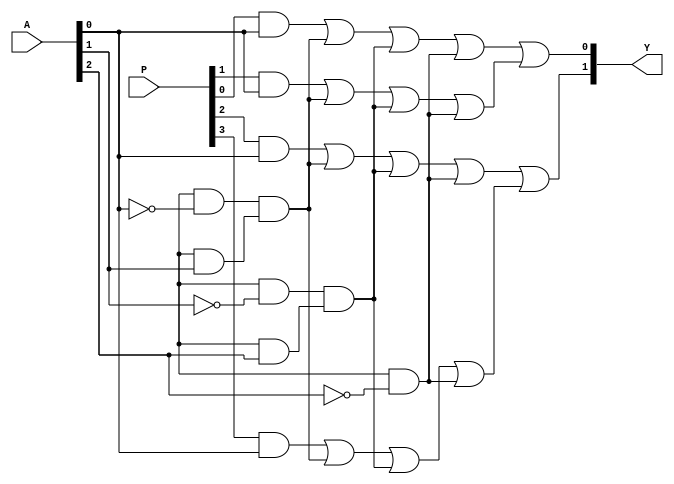
module SPAL (
    input wire [N-1:0] A,  // Input signals (N inputs)
    input wire [M-1:0] P,  // Programmable connections for AND gates
    output wire [O-1:0] Y  // Output signals (O outputs)
);
    parameter N = 3; // Number of input signals (e.g., A, B, C)
    parameter M = 4; // Number of AND gates
    parameter O = 2; // Number of output signals

    // Internal wires for AND gate outputs
    wire [M-1:0] and_out;

    // Programmable AND array
    genvar i;
    generate
        for (i = 0; i < M; i = i + 1) begin : and_array
            assign and_out[i] = (P[i] & A[0]) | (P[i + M] & ~A[0]) & // Example for 2 inputs
                                (P[i + 2*M] & A[1]) | (P[i + 3*M] & ~A[1]) &
                                (P[i + 4*M] & A[2]) | (P[i + 5*M] & ~A[2]);
        end
    endgenerate

    // Fixed OR array
    assign Y[0] = and_out[0] | and_out[1]; // Example OR logic for output Y1
    assign Y[1] = and_out[2] | and_out[3]; // Example OR logic for output Y2

endmodule